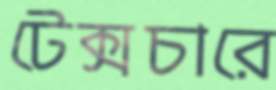
টেক্সচারে